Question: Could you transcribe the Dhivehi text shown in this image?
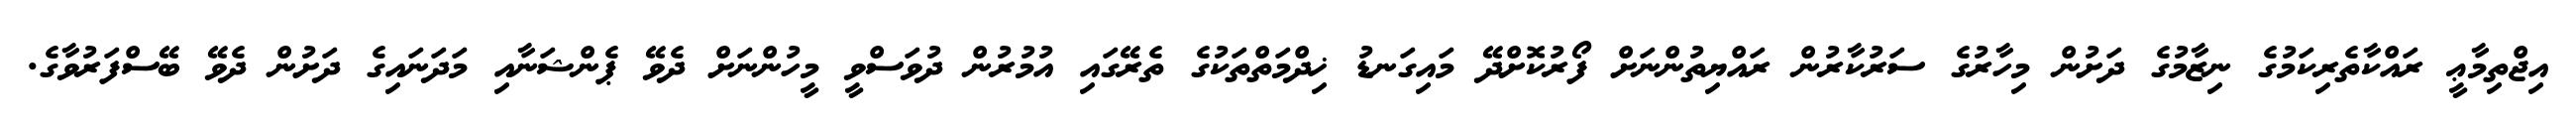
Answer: އިޖްތިމާޢީ ރައްކާތެރިކަމުގެ ނިޒާމުގެ ދަށުން މިހާރުގެ ސަރުކާރުން ރައްޔިތުންނަށް ފޯރުކޮށްދޭ މައިގަނޑު ޚިދްމަތްތަކުގެ ތެރޭގައި އުމުރުން ދުވަސްވީ މީހުންނަށް ދެވޭ ޕެންޝަނާއި މަދަނައިގެ ދަށުން ދެވޭ ބޭސްފަރުވާގެ.